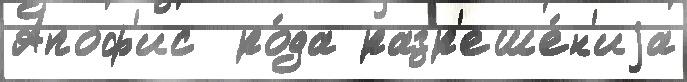
Апоф'ис  ро́да разр'еше́н'иjа